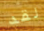
لقد